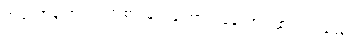
အဖိုးတန် အဝတ်အစားများကြောင့် ခန့်ညား ထည်ဝါသည်။